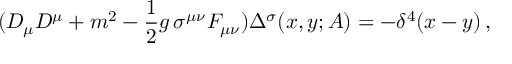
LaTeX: ( D _ { \mu } D ^ { \mu } + m ^ { 2 } - { \frac { 1 } { 2 } } g \, \sigma ^ { \mu \nu } F _ { \mu \nu } ) \Delta ^ { \sigma } ( x , y ; A ) = - \delta ^ { 4 } ( x - y ) \, ,